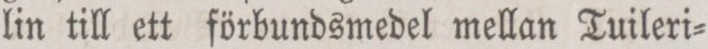
lin till ett förbundsmedel mellan Tuileri=